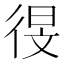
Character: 𫹗